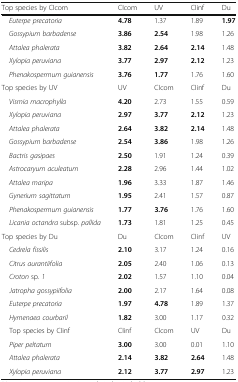
| Top species by CIcom | CIcom | UV | CIinf | Du |
 | --- | --- | --- | --- | --- |
 | Euterpe precatoria | 4.78 | 1.37 | 1.89 | 1.97 |
 | Gossypium barbadense | 3.86 | 2.54 | 1.98 | 1.26 |
 | Attalea phalerata | 3.82 | 2.64 | 2.14 | 1.48 |
 | Xylopia peruviana | 3.77 | 2.97 | 2.12 | 1.23 |
 | Phenakospermum guianensis | 3.76 | 1.77 | 1.76 | 1.60 |
 | Top species by UV | UV | CIcom | CIinf | Du |
 | Vismia macrophylla | 4.20 | 2.73 | 1.55 | 0.59 |
 | Xylopia peruviana | 2.97 | 3.77 | 2.12 | 1.23 |
 | Attalea phalerata | 2.64 | 3.82 | 2.14 | 1.48 |
 | Gossypium barbadense | 2.54 | 3.86 | 1.98 | 1.26 |
 | Bactris gasipaes | 2.50 | 1.91 | 1.24 | 0.39 |
 | Astrocaryum aculeatum | 2.28 | 2.96 | 1.44 | 1.02 |
 | Attalea maripa | 1.96 | 3.33 | 1.87 | 1.46 |
 | Gynerium sagittatum | 1.95 | 2.41 | 1.57 | 0.87 |
 | Phenakospermum guianensis | 1.77 | 3.76 | 1.76 | 1.60 |
 | Licania octandra subsp. pallida | 1.73 | 1.81 | 1.25 | 0.45 |
 | Top species by Du | Du | CIcom | CIinf | UV |
 | Cedrela fissilis | 2.10 | 3.17 | 1.24 | 0.16 |
 | Citrus aurantiifolia | 2.05 | 2.40 | 1.06 | 0.13 |
 | Croton sp. 1 | 2.02 | 1.57 | 1.10 | 0.04 |
 | Jatropha gossypiifolia | 2.00 | 2.17 | 1.64 | 0.08 |
 | Euterpe precatoria | 1.97 | 4.78 | 1.89 | 1.37 |
 | Hymenaea courbaril | 1.82 | 3.00 | 1.17 | 0.32 |
 | Top species by CIinf | CIinf | CIcom | UV | Du |
 | Piper peltatum | 3.00 | 3.00 | 0.01 | 1.10 |
 | Attalea phalerata | 2.14 | 3.82 | 2.64 | 1.48 |
 | Xylopia peruviana | 2.12 | 3.77 | 2.97 | 1.23 |